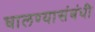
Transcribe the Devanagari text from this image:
घालण्यासंबंधी